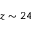
z \sim 2 4